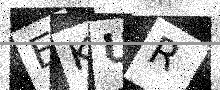
Text: EKUR